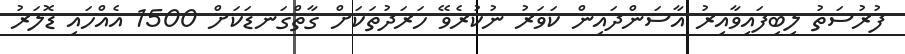
ފުރުސަތު ލިބިފައިވާއިރު އާސަންދައިން ކަވަރު ނުކުރެވޭ ހަރަދުތަކަށް ގާތްގަނޑަކަށް 1500 އެއްހައި ޑޮލަރު